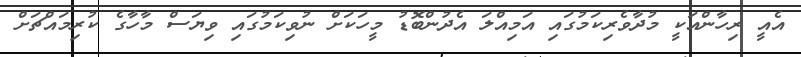
އެއީ ރިހާންއަކީ މުދާވެރިކަމުގައި އަމިއްލަ އެދުންބޮޑު މީހަކަށް ނުވިކަމުގައި ވިޔަސް މާހާގެ ކުރިމައްޗަށް